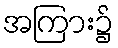
အကြား၌